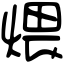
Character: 煨